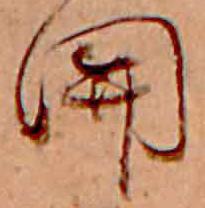
関